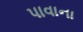
પાવાના